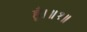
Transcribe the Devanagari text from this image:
हूँ।॥१॥